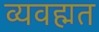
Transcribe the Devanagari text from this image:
व्यवह्मत